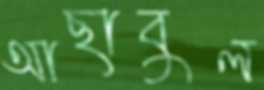
আছাবুল